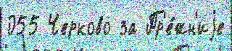
055 Черково за Пр'е́жн'иjе